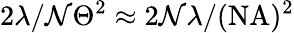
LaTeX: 2\lambda/\mathcal{N}\Theta^{2}\approx2\mathcal{N}\lambda/(\mathrm{{NA}})^{2}